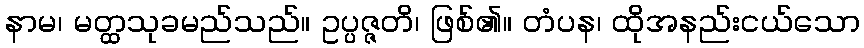
နာမ၊ မတ္ထသုခမည်သည်။ ဥပ္ပဇ္ဇတိ၊ ဖြစ်၏။ တံပန၊ ထိုအနည်းငယ်သော